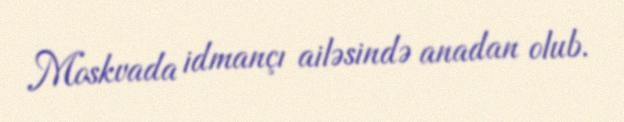
Moskvada idmançı ailəsində anadan olub.